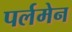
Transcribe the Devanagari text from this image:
पर्लमेन